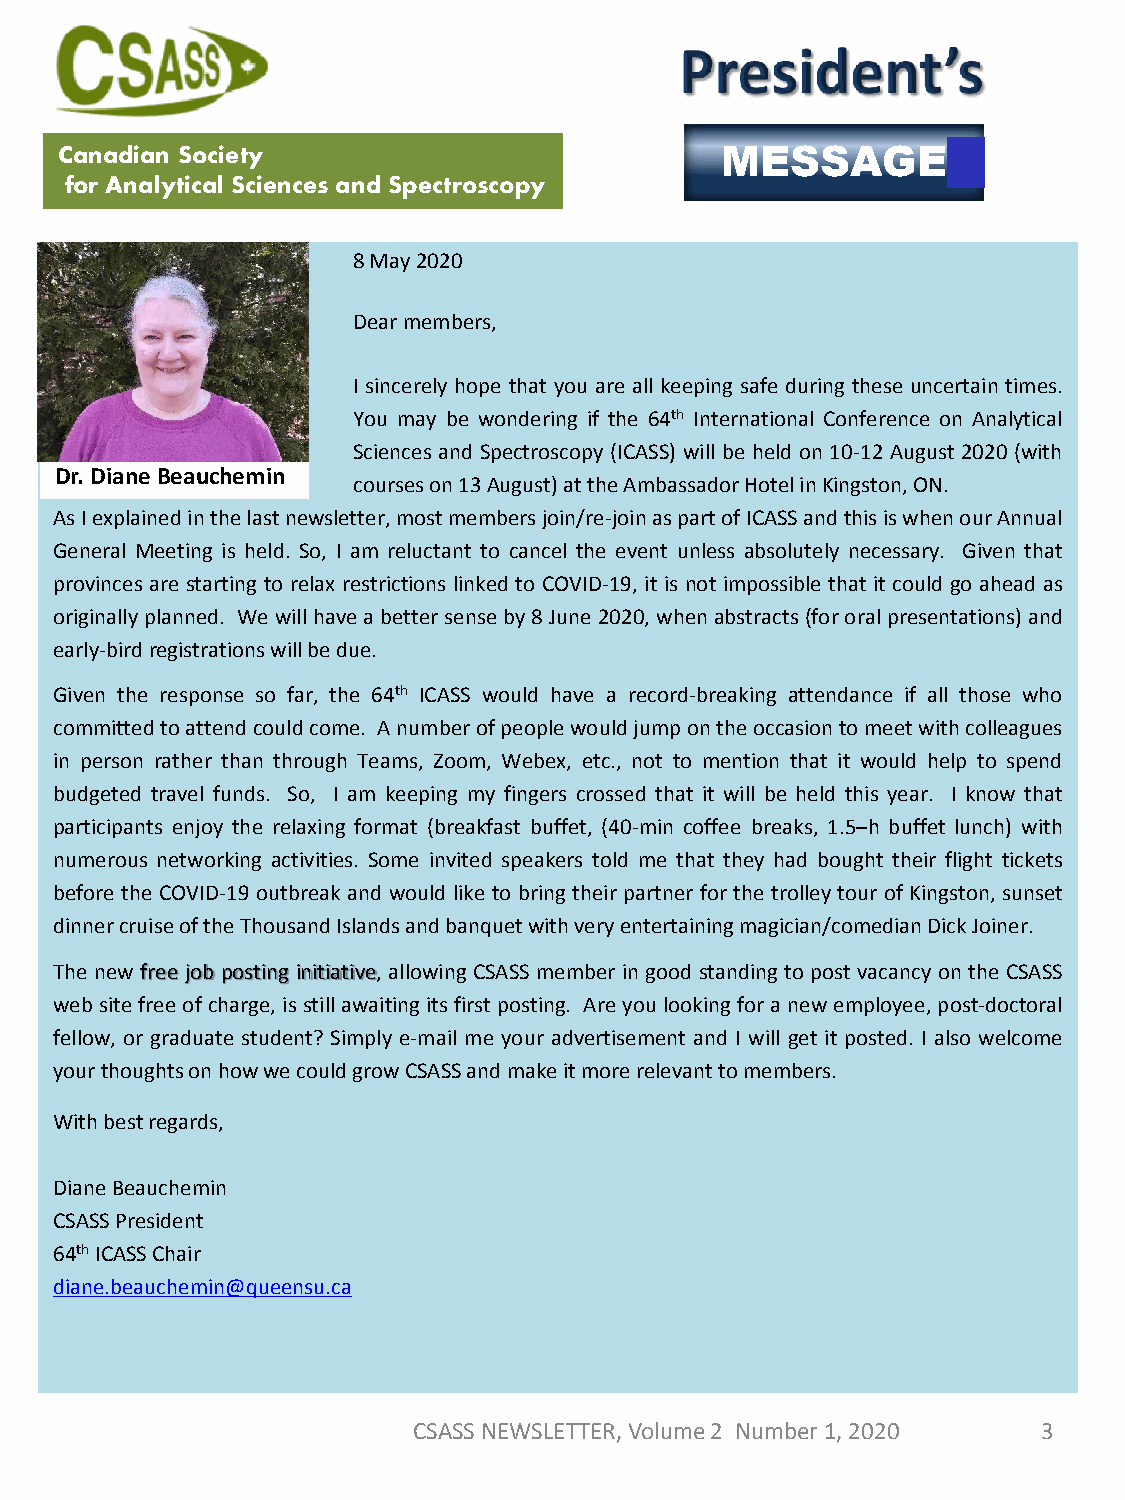
Canadian Society                            MESSAGE
 for Analytical Sciences and Spectroscopy
 8 May 2020
 Dear members,
 I sincerely hope that you are all keeping safe during these uncertain times.
 You may be wondering if the 64th International Conference on Analytical
 Sciences and Spectroscopy (ICASS) will be held on 10-12 August 2020 (with
 Dr. Diane Beauchemin
 courseson13August)attheAmbassadorHotelinKingston,ON.
 AsIexplainedinthelastnewsletter,mostmembersjoin/re-joinaspartofICASSandthisiswhenourAnnual
 General Meeting is held. So, I am reluctant to cancel the event unless absolutely necessary. Given that
 provinces are starting to relax restrictions linked to COVID-19, it is not impossible that it could go ahead as
 originallyplanned. Wewillhaveabettersenseby8June2020,whenabstracts(fororalpresentations)and
 early-birdregistrationswillbedue.
 Given the response so far, the 64th ICASS would have a record-breaking attendance if all those who
 committedtoattendcouldcome. Anumberofpeoplewouldjumpontheoccasiontomeetwithcolleagues
 in person rather than through Teams, Zoom, Webex, etc., not to mention that it would help to spend
 budgeted travel funds. So, I am keeping my fingers crossed that it will be held this year. I know that
 participants enjoy the relaxing format (breakfast buffet, (40-min coffee breaks, 1.5–h buffet lunch) with
 numerous networking activities. Some invited speakers told me that they had bought their flight tickets
 before the COVID-19 outbreak and would like to bring their partner for the trolley tour of Kingston, sunset
 dinnercruiseoftheThousandIslandsandbanquetwithveryentertainingmagician/comedianDickJoiner.
 The new free job posting initiative, allowing CSASS member in good standingto post vacancy on the CSASS
 websitefreeofcharge, isstillawaitingitsfirstposting. Are youlookingfora new employee,post-doctoral
 fellow, or graduate student? Simply e-mail me your advertisement and I will get it posted. I also welcome
 yourthoughtsonhowwecouldgrowCSASSandmakeitmorerelevanttomembers.
 Withbestregards,
 Diane Beauchemin
 CSASS President
 64thICASS Chair
 diane.beauchemin@queensu.ca
 CSASS NEWSLETTER, Volume 2 Number 1, 2020 3